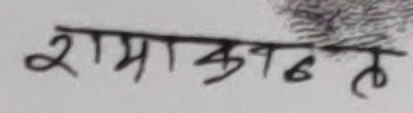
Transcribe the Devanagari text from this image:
रामाकांत